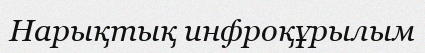
Нарықтық инфроқұрылым